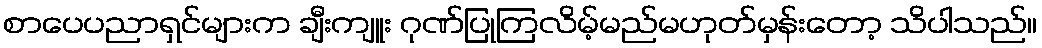
စာပေပညာရှင်များက ချီးကျူး ဂုဏ်ပြုကြလိမ့်မည်မဟုတ်မှန်းတော့ သိပါသည်။